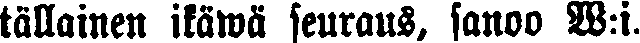
tällainen ikäwä seuraus, sanoo W:i.